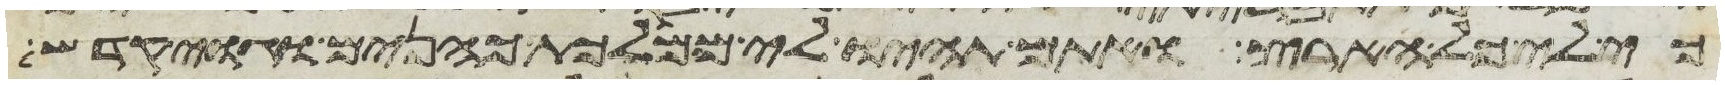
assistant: כי לי כל הארץ ואתם תהיו לי ממלכת כהנים וגוי קדש